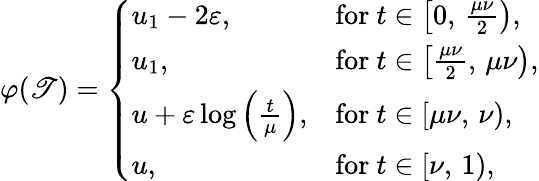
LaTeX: \varphi(\mathscr{T})=\left\{ \begin{array}{ll}{u_{1}-2\varepsilon,}&{\mathrm{for~}t\in\left[0,\, \frac{\mu\nu}{2}\right),}\\ {u_{1},}&{\mathrm{for~}t\in\left[\frac{\mu\nu}{2},\, \mu\nu\right),}\\ {u+\varepsilon\log\left(\frac{t}{\mu}\right),}&{\mathrm{for~}t\in[\mu\nu,\, \nu),}\\ {u,}&{\mathrm{for~}t\in[\nu,\, 1),}\end{array}\right.